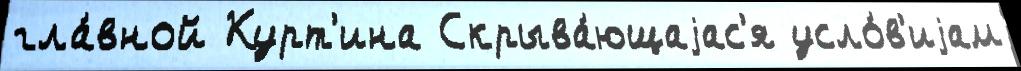
гла́вной Курт'ина Скрыва́ющаjас'я усло́в'иjам